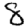
Digit: 8